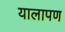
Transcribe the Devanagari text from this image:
यालापण